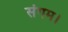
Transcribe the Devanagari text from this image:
संगम।